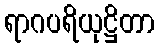
ရာဂပရိယုဋ္ဌိတာ